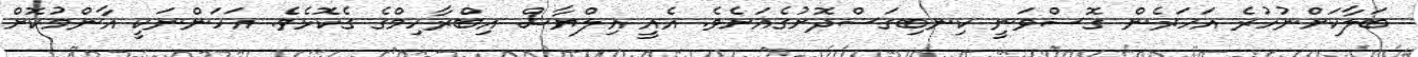
ބަލާކަށްނުހުރެ އަހަރެން ގޮސްވަނީ ކިނބިގަސްދޮށުގެއަށެވެ. އެއީ އިލްޔާސް އިބްރާހިމްގެ ގެކޮޅެވެ. އަހަންނަކީ އާންމުކޮށް